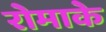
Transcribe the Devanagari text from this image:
रोमाके